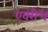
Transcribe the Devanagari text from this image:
एक्‍रीच